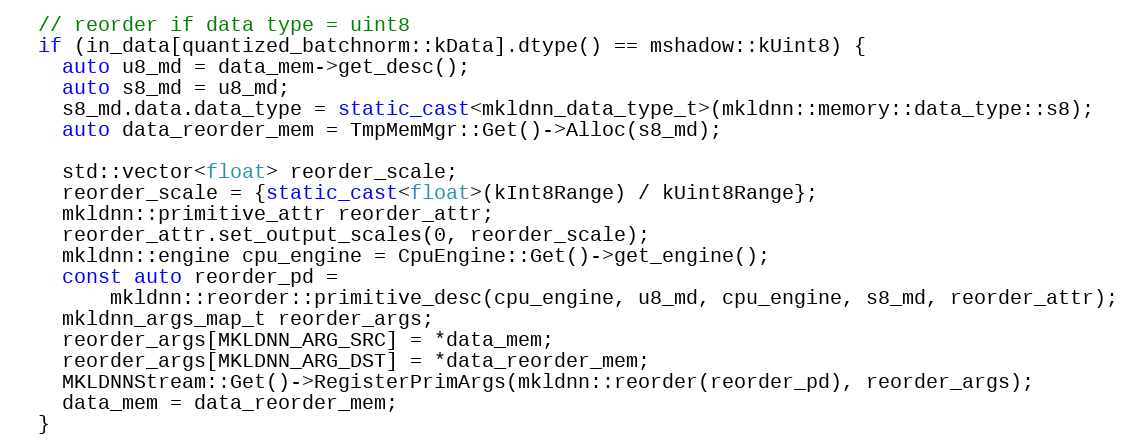
Language: C++
  // reorder if data type = uint8
  if (in_data[quantized_batchnorm::kData].dtype() == mshadow::kUint8) {
    auto u8_md = data_mem->get_desc();
    auto s8_md = u8_md;
    s8_md.data.data_type = static_cast<mkldnn_data_type_t>(mkldnn::memory::data_type::s8);
    auto data_reorder_mem = TmpMemMgr::Get()->Alloc(s8_md);

    std::vector<float> reorder_scale;
    reorder_scale = {static_cast<float>(kInt8Range) / kUint8Range};
    mkldnn::primitive_attr reorder_attr;
    reorder_attr.set_output_scales(0, reorder_scale);
    mkldnn::engine cpu_engine = CpuEngine::Get()->get_engine();
    const auto reorder_pd =
        mkldnn::reorder::primitive_desc(cpu_engine, u8_md, cpu_engine, s8_md, reorder_attr);
    mkldnn_args_map_t reorder_args;
    reorder_args[MKLDNN_ARG_SRC] = *data_mem;
    reorder_args[MKLDNN_ARG_DST] = *data_reorder_mem;
    MKLDNNStream::Get()->RegisterPrimArgs(mkldnn::reorder(reorder_pd), reorder_args);
    data_mem = data_reorder_mem;
  }